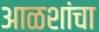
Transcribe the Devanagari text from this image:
आळशांचा